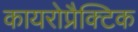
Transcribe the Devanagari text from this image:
कायरोप्रैक्टिक